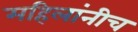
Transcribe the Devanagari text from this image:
महिलांनीच